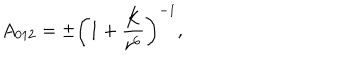
A _ { 0 1 2 } = \pm \left( 1 + \frac { K } { r ^ { 6 } } \right) ^ { - 1 } ,